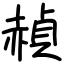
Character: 赬